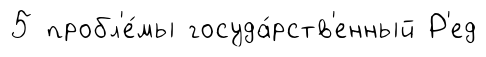
5 пробл'е́мы госуда́рств'енный Р'ед